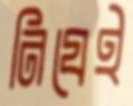
নিযেই